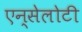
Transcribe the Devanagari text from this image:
एन्सेलोटी